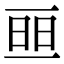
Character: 𠄵